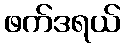
ဖက်ဒရယ်